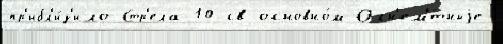
пр'ибл'и́з'ило Стр'ела-10-св основно́м Огн'ем'́тныjе